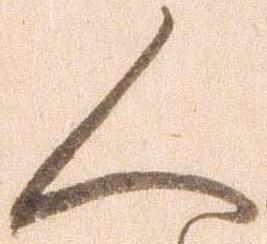
人